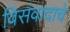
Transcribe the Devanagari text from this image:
विसंवादाचे